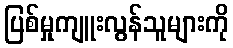
ပြစ်မှုကျူးလွန်သူများကို